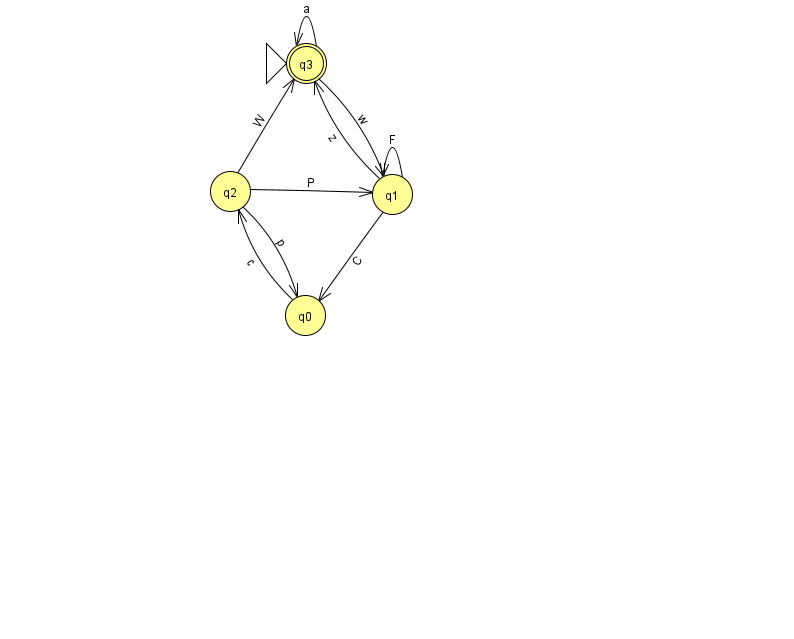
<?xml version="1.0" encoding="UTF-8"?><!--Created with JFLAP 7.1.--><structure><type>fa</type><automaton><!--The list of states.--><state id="0" name="q0"><x>305.0</x><y>302.0</y></state><state id="1" name="q1"><x>392.0</x><y>181.0</y></state><state id="2" name="q2"><x>230.0</x><y>178.0</y></state><state id="3" name="q3"><x>306.0</x><y>50.0</y><initial/><final/></state><!--The list of transitions.--><transition><from>2</from><to>0</to><read>p</read></transition><transition><from>1</from><to>3</to><read>z</read></transition><transition><from>3</from><to>3</to><read>a</read></transition><transition><from>0</from><to>2</to><read>c</read></transition><transition><from>1</from><to>0</to><read>C</read></transition><transition><from>1</from><to>1</to><read>F</read></transition><transition><from>2</from><to>1</to><read>P</read></transition><transition><from>2</from><to>3</to><read>W</read></transition><transition><from>3</from><to>1</to><read>w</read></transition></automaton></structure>